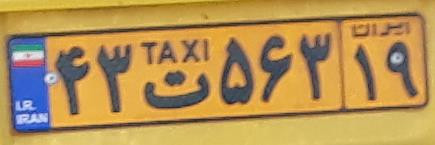
۴۳ت۵۶۳۱۹